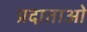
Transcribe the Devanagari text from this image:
प्रदाताओ